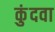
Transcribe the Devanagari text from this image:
कुंदवा